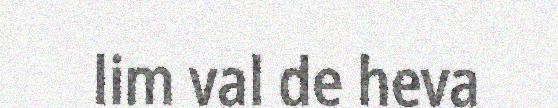
lim val de heva